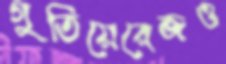
গুতিয়েরেজও